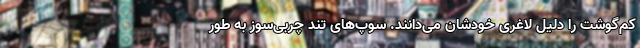
کم‌گوشت را دلیل لاغری خودشان می‌دانند. سوپ‌های تند چربی‌سوز به‌ طور